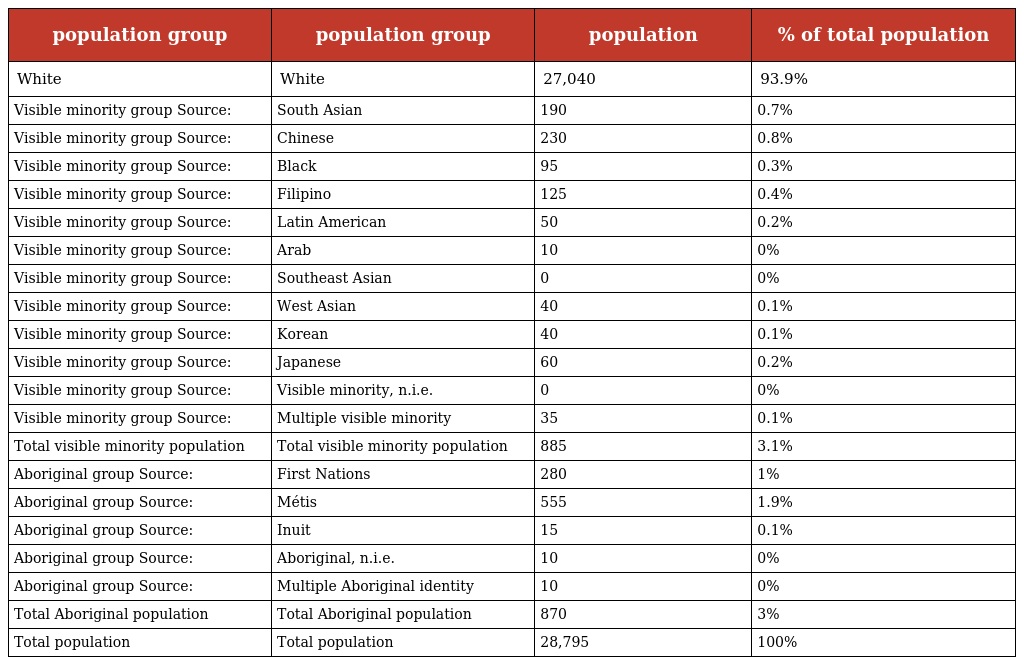
| population group | population group | population | % of total population |
 | --- | --- | --- | --- |
 | White | White | 27,040 | 93.9% |
 | Visible minority group Source: | South Asian | 190 | 0.7% |
 | Visible minority group Source: | Chinese | 230 | 0.8% |
 | Visible minority group Source: | Black | 95 | 0.3% |
 | Visible minority group Source: | Filipino | 125 | 0.4% |
 | Visible minority group Source: | Latin American | 50 | 0.2% |
 | Visible minority group Source: | Arab | 10 | 0% |
 | Visible minority group Source: | Southeast Asian | 0 | 0% |
 | Visible minority group Source: | West Asian | 40 | 0.1% |
 | Visible minority group Source: | Korean | 40 | 0.1% |
 | Visible minority group Source: | Japanese | 60 | 0.2% |
 | Visible minority group Source: | Visible minority, n.i.e. | 0 | 0% |
 | Visible minority group Source: | Multiple visible minority | 35 | 0.1% |
 | Total visible minority population | Total visible minority population | 885 | 3.1% |
 | Aboriginal group Source: | First Nations | 280 | 1% |
 | Aboriginal group Source: | Métis | 555 | 1.9% |
 | Aboriginal group Source: | Inuit | 15 | 0.1% |
 | Aboriginal group Source: | Aboriginal, n.i.e. | 10 | 0% |
 | Aboriginal group Source: | Multiple Aboriginal identity | 10 | 0% |
 | Total Aboriginal population | Total Aboriginal population | 870 | 3% |
 | Total population | Total population | 28,795 | 100% |